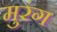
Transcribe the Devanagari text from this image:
मुरंग